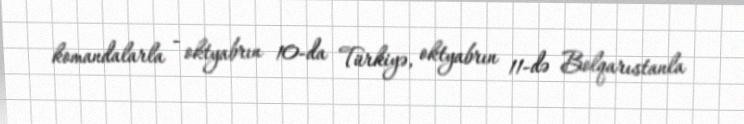
komandalarla - oktyabrın 10-da Türkiyə, oktyabrın 11-də Bolqarıstanla